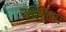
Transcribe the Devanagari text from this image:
जांतिया